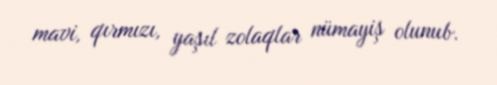
mavi, qırmızı, yaşıl zolaqlar nümayiş olunub.